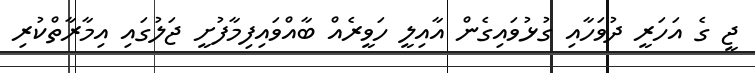
ޖީ ގެ އަހަރީ ދުވަހާއި ގުޅުވައިގެން އާއިލީ ހަވީރެއް ބާއްވައިފިމާފުށީ ޖަލުގައި އިމާރާތްކުރި